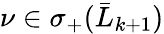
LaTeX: \nu\in\sigma_{+}(\bar{L}_{k+1})